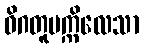
ဝိဂတူပက္ကိလေသာ